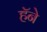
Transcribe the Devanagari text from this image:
हॅने